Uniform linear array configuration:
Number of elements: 24
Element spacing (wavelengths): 0.25
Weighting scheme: blackman
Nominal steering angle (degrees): -30
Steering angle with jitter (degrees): -31.717
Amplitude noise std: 0.05
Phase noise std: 0.05

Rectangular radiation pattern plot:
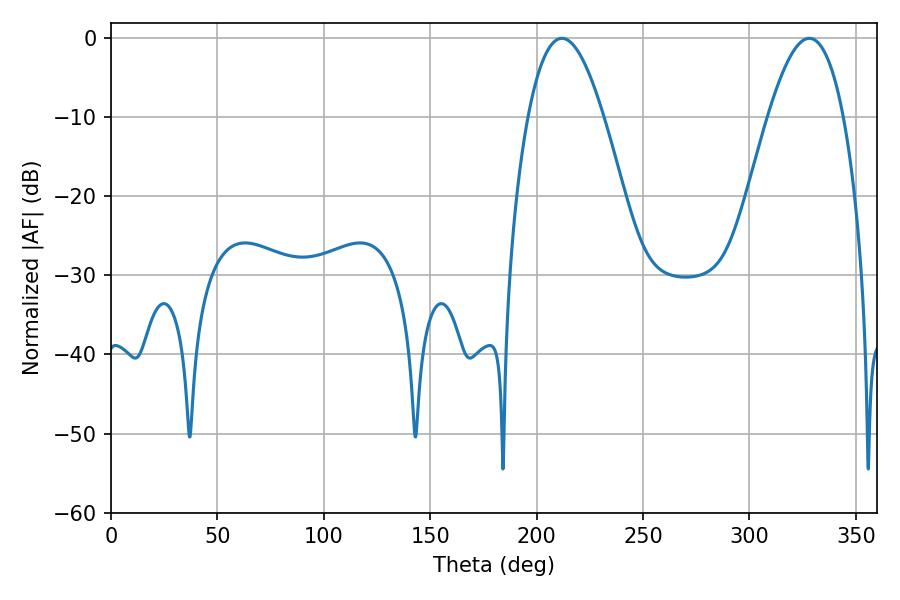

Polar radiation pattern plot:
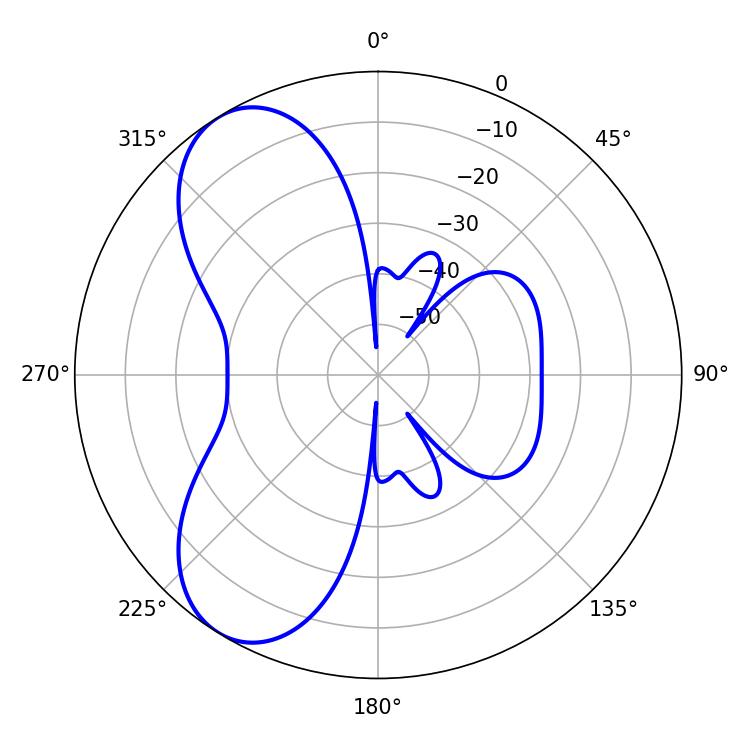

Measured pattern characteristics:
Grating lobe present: FALSE
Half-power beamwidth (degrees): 19.44
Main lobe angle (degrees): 328.14